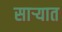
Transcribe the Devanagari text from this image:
साऱ्यात